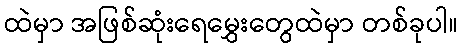
ထဲမှာ အဖြစ်ဆုံးရေမွှေးတွေထဲမှာ တစ်ခုပါ။